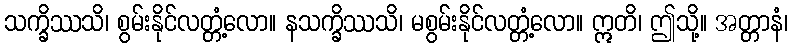
သက္ခိဿသိ၊ စွမ်းနိုင်လတ္တံ့လော။ နသက္ခိဿသိ၊ မစွမ်းနိုင်လတ္တံ့လော။ ဣတိ၊ ဤသို့။ အတ္တာနံ၊